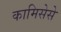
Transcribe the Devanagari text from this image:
कामिसेसे